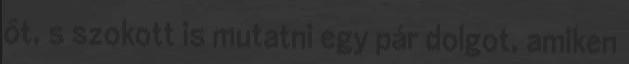
őt, s szokott is mutatni egy pár dolgot, amiken